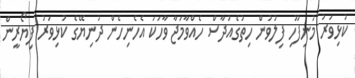
ކުޅިވަރު މުނިފޫހި ފިލުވުން ހިތުގެއުދާސް ހެއްވާމަޖާ ވާހަކަ އެހެނިހެން ދުނިޔޭގެ ކުޅިވަރު ފިޔޯރީން